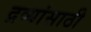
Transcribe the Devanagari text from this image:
द्रव्यांसाठी